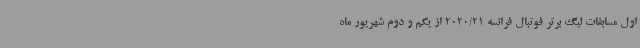
اول مسابقات لیگ برتر فوتبال فرانسه 2020/21 از یکم و دوم شهریور ماه